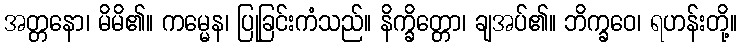
အတ္တနော၊ မိမိ၏။ ကမ္မေန၊ ပြုခြင်းကံသည်။ နိက္ခိတ္တော၊ ချအပ်၏။ ဘိက္ခဝေ၊ ရဟန်းတို့။